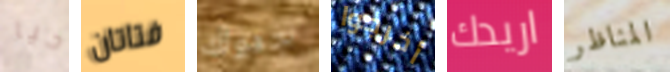
حيا فتاتان جدولك أخرجوا اريدك المناظر